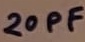
Text: 20PF